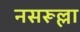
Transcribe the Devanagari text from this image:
नसरूल्ला